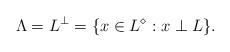
LaTeX: \begin{align*}\Lambda=L^{\perp}=\{x\in L^\diamond:x\perp L\}.\end{align*}